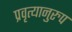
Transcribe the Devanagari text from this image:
प्रवृत्यानुरुप